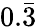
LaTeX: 0.\bar{3}